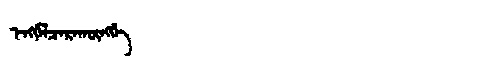
Manchu: ᡝᠩᡤᡝᠯᠴᡝᡵᠠᡴᡡᠩᡤᡝ
Romanization: ENGGELCERAKŪNGGE